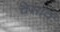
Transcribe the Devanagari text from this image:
चेसाव